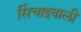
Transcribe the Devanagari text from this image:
सिंचाइवाली